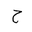
Letter: _ha